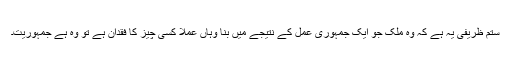
ستم ظریفی یہ ہے کہ وہ ملک جو ایک جمہوری عمل کے نتیجے میں بنا وہاں عملاَ کسی چیز کا فقدان ہے تو وہ ہے جمہوریت۔